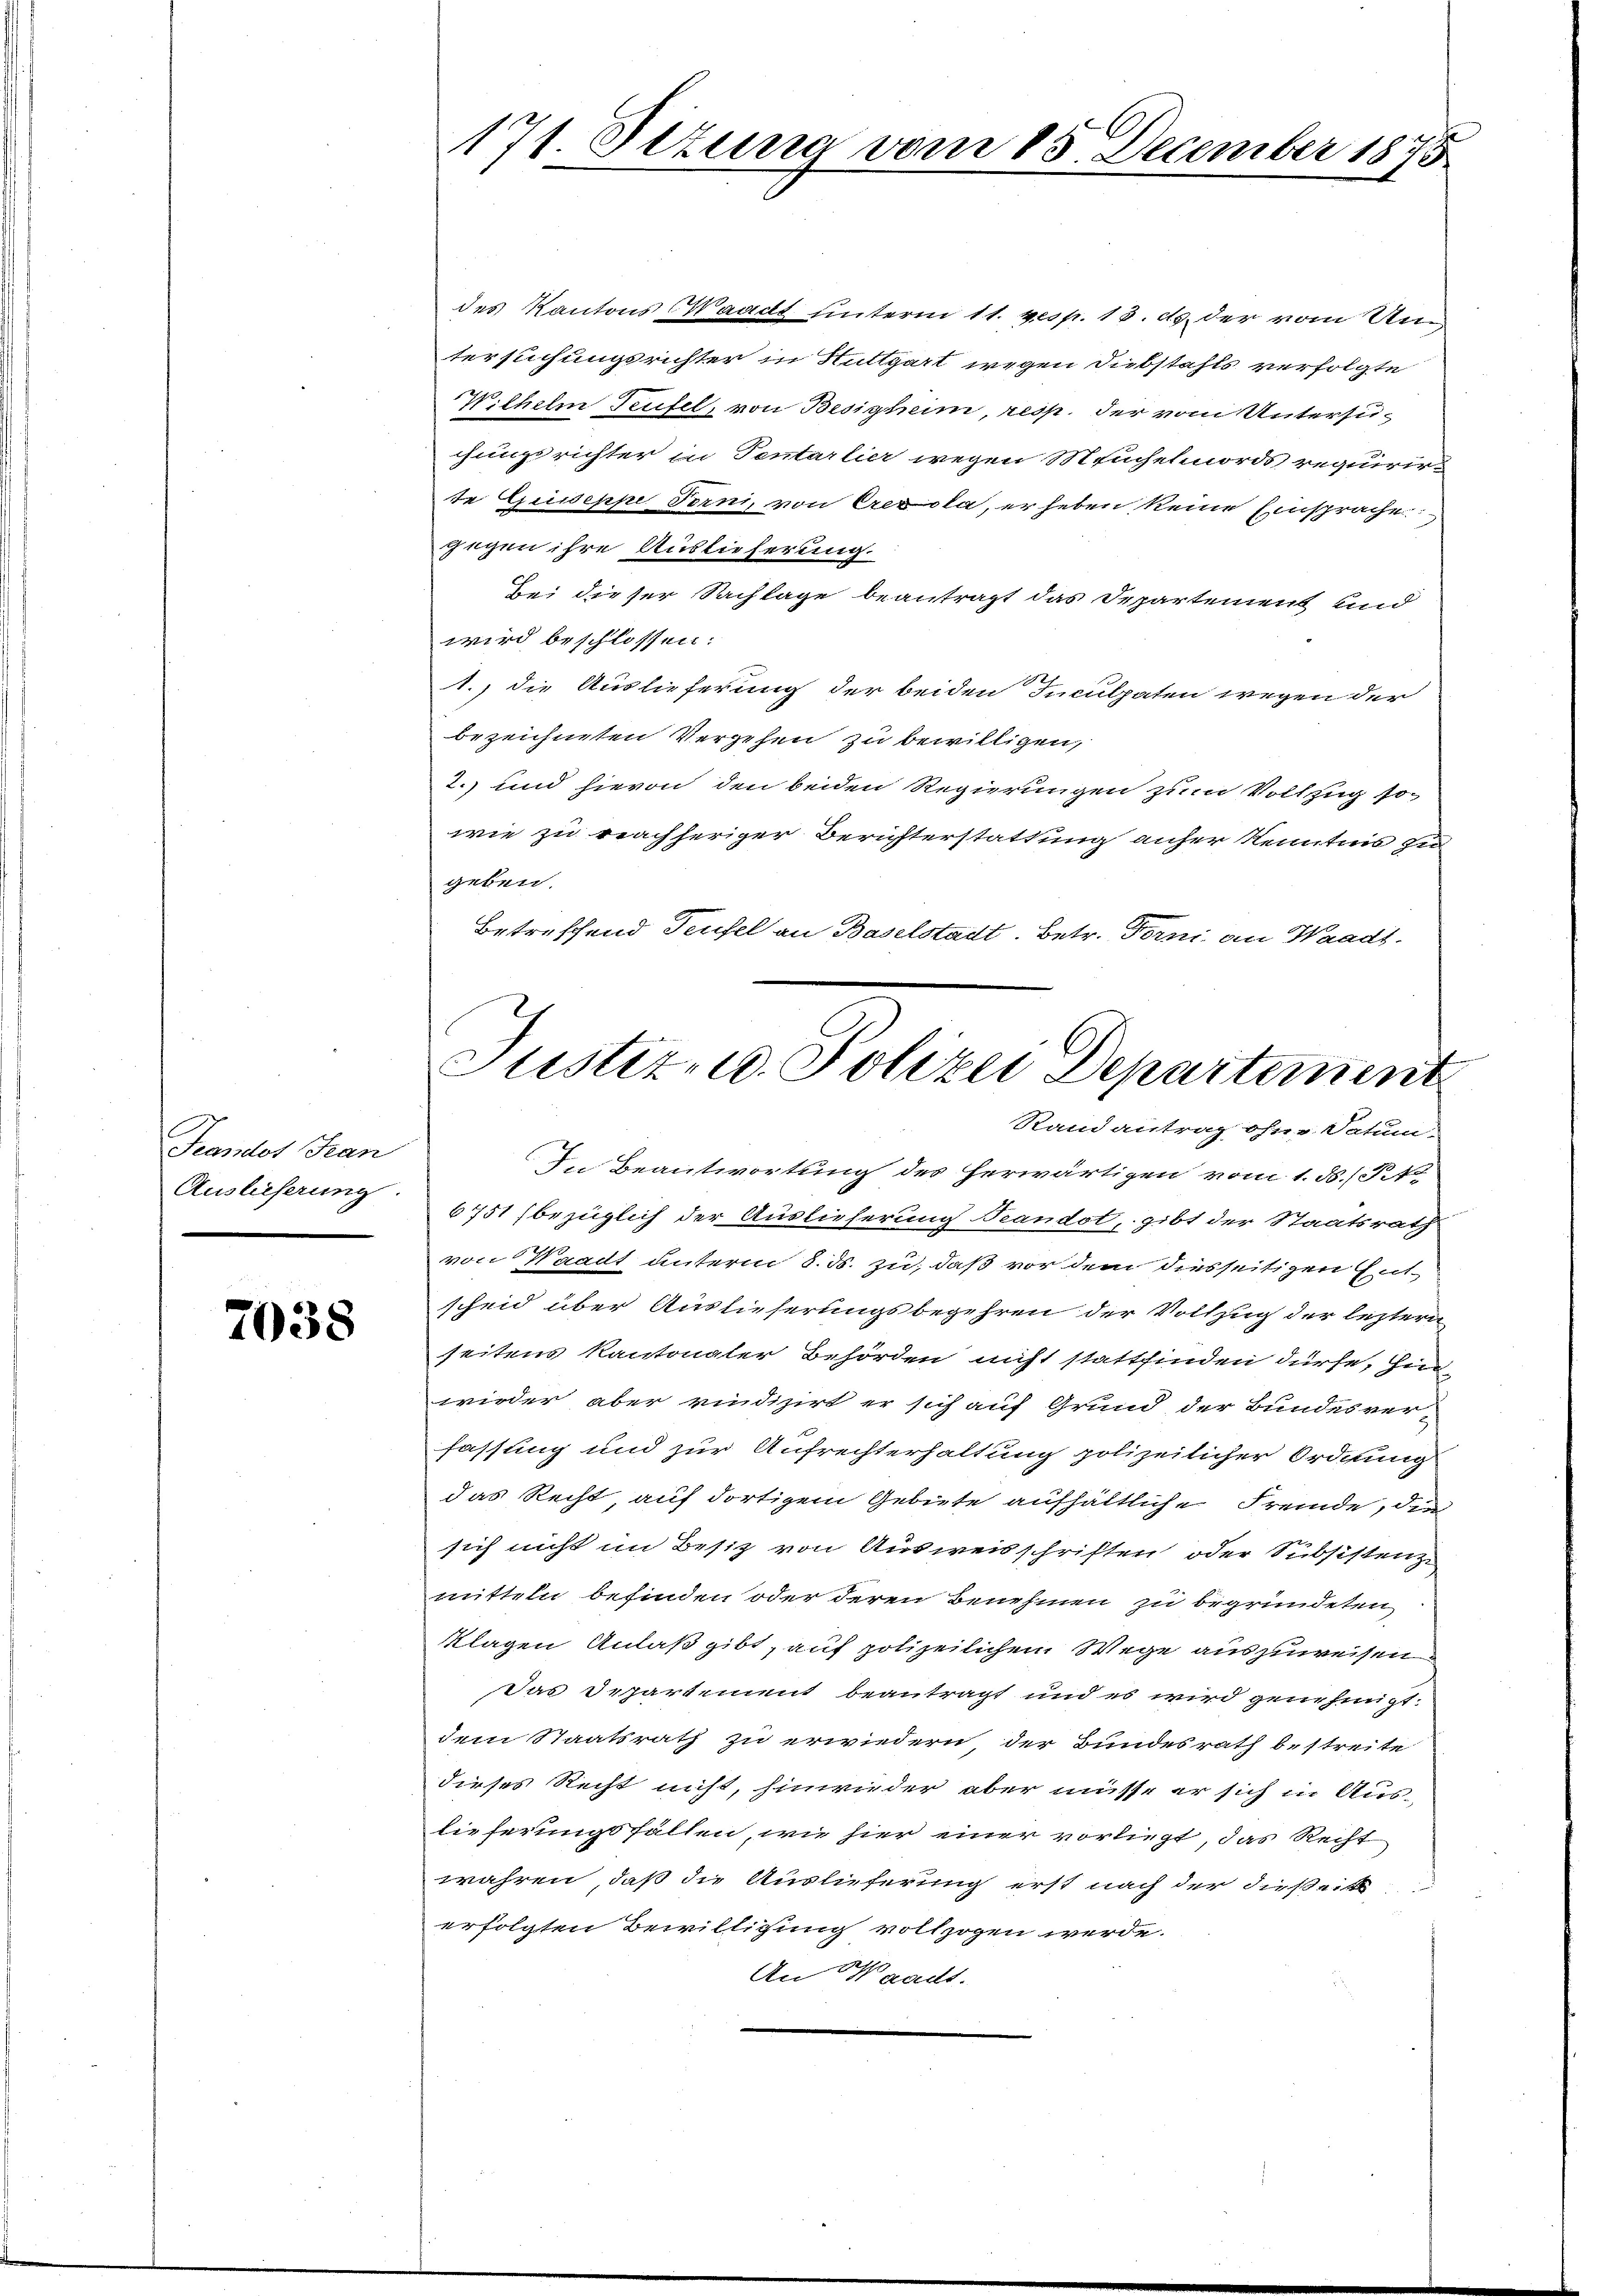
Frandos Fran
Auslieferung.

7038

171. Stzurra vom 15. December 1848

des Kantons Waadt unterm 11. resp. 13. ds. der vom Un
tersuchungsrichter in Ruttgart wegen Diebstahls verfolgte
Wilhelm Teufel, von Besigheim, resp. der vom Untersuchungsrichter in Tentarlier wegen Meuchelmords requirirt
te Guseppe Torni, von Crezola, er heben keine Einsprache
gegen ihre Auslieferung.
bei dieser Sachlage beantragt das Departement und
wird beschlossen:
1.) die Auslieferung der beiden Inculpaten wegen der
bezeichneten Vergehen zu bewilligen,
2.) und hievon den beiden Regierungen zum Vollzug so
wie zu nachheriger Berichterstattung anher Kenntnis zu
geben.
Betreffend Teufel an Baselstadt. Betr. Torni an Waadt.

Randantrag ohne Datum
In Beantwortung des herwärtigen vom 1. d. So
6751 (bezüglich der Auslieferung Feandot, gibt der Staatsrath
von Waadt unterm 8. ds. zu, daß vor dem diesseitigen Entscheid über Auslieferungsbegehren der Vollzug der leztern
seitens Kantonaler Behörden nicht stattfinden dürfe, hin
wieder aber rindizirt er sich auf Grund der Bundesver-
fassung und zur Aufrechterhaltung polizeilicher Ordnung
das Recht auf dortigem Gebiete aufhältliche Fremde, der
sich nicht im Besiz von Ausweisschriften oder Subsistenze
mitteln befinden oder deren Benehmen zu begründeten,
Klagen Anlaß gibt, auf polizeilichen Wege auszuweisen
Das Departement beantragt und es wird genehmigt.
dem Staatsrath zu erwiedern der Bundesrath bestreite
dieses Recht nicht, hinwieder aber müsse er sich in Auslieferungsfällen, wie hier einer vorliegt, das Recht
wahren, daß die Auslieferung erst nach der dießeit
erfolgten Bewilligung vollzogen werde.
An Waadt.

Justiz- u. Polizei Departement